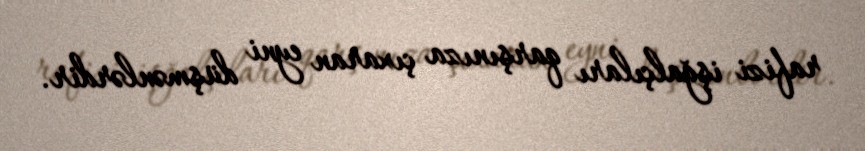
rafizi işğalçıları qarşınıza çıxaran eyni düşmənlərdir.